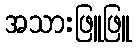
အသားဖြူဖြူ